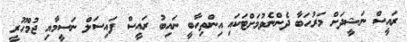
ރައީސް ނަޝީދަށް މަރުހަބާ ދެންނެވުމަށްޓަކައި އިންތިހާބީ ނައިބު ރައީސް ފައިސަލް ނަސީމާއި ޖުމްހޫރީ